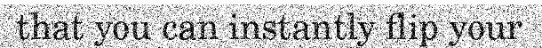
that you can instantly flip your